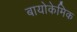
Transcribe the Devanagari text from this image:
बायोकेमिक